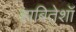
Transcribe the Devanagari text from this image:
हाबितेशॉ